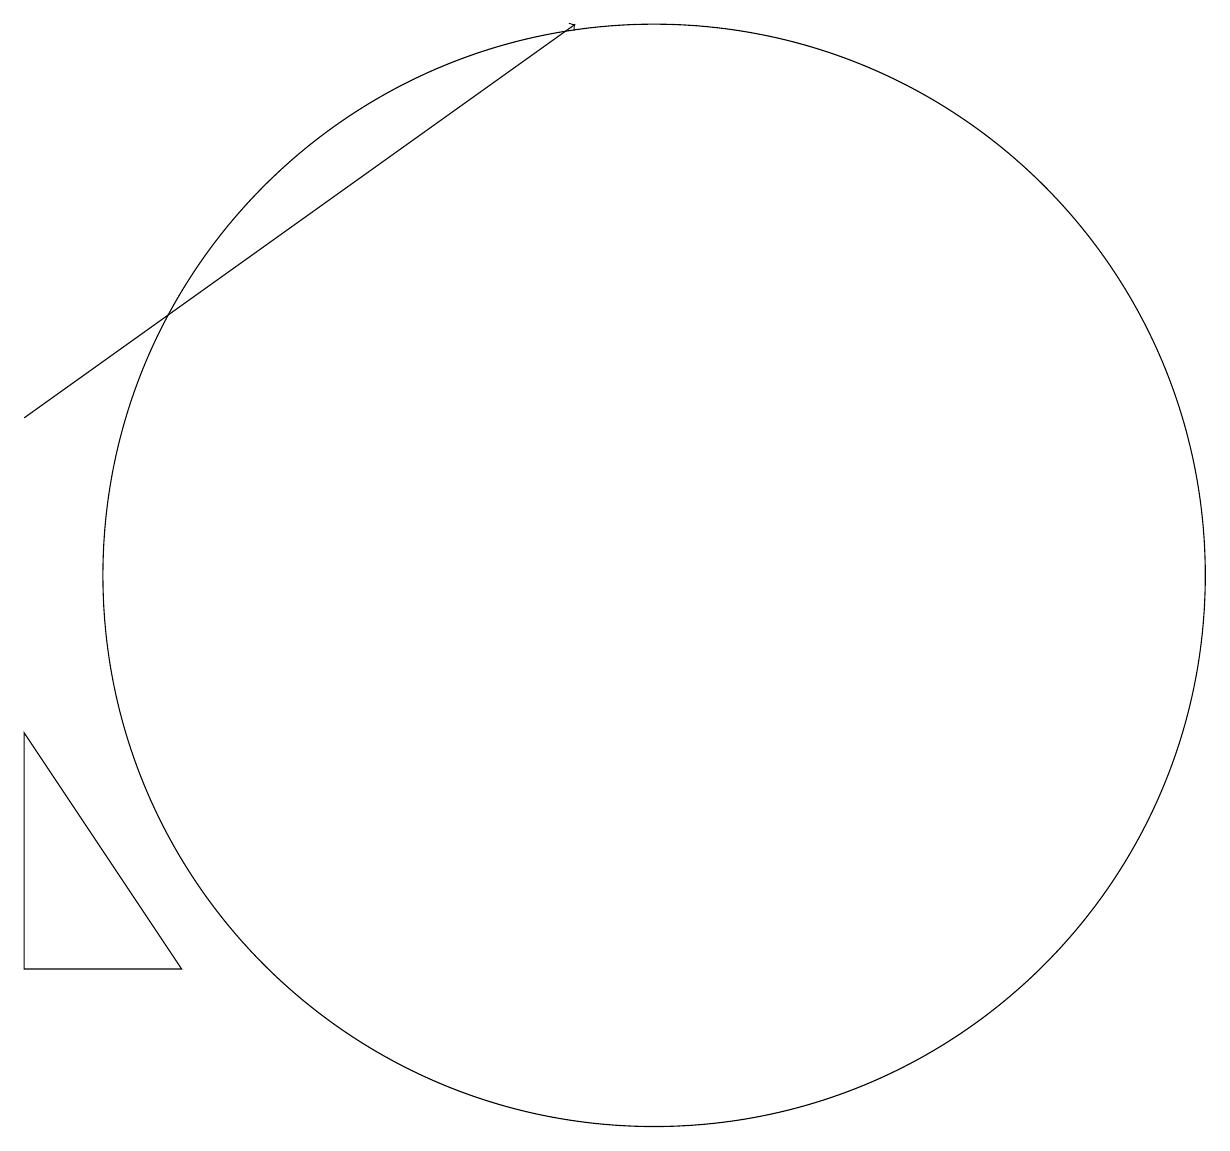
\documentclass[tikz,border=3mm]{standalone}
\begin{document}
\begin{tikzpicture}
\draw (4,5) -- (2,5) -- (2,8) -- cycle;
\draw (10,10) circle (7);
\draw[->] (2,12) -- (9,17);
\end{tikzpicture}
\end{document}